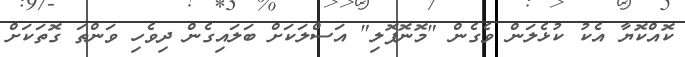
ކޮއްކޮޔާ އެކު ކުޅެލަން ވެގެން "މޮނޮޕޮލި" އަސްލަކަށް ބަލައިގެން ދިވެހި ވަންތަ ގޮތަކަށް